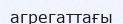
агрегаттағы